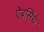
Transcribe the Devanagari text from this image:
ऐबसिंथे